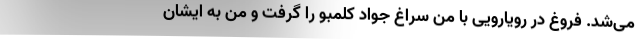
می‌شد. فروغ در رویارویی با من سراغ جواد کلمبو را گرفت و من به ایشان